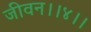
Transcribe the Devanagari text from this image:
जीवन।।४।।